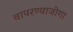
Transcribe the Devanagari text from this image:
वापरण्याजोगा